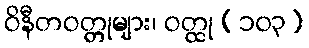
ဝိနီတဝတ္တုများ၊ ဝတ္ထု (၁၀၃)